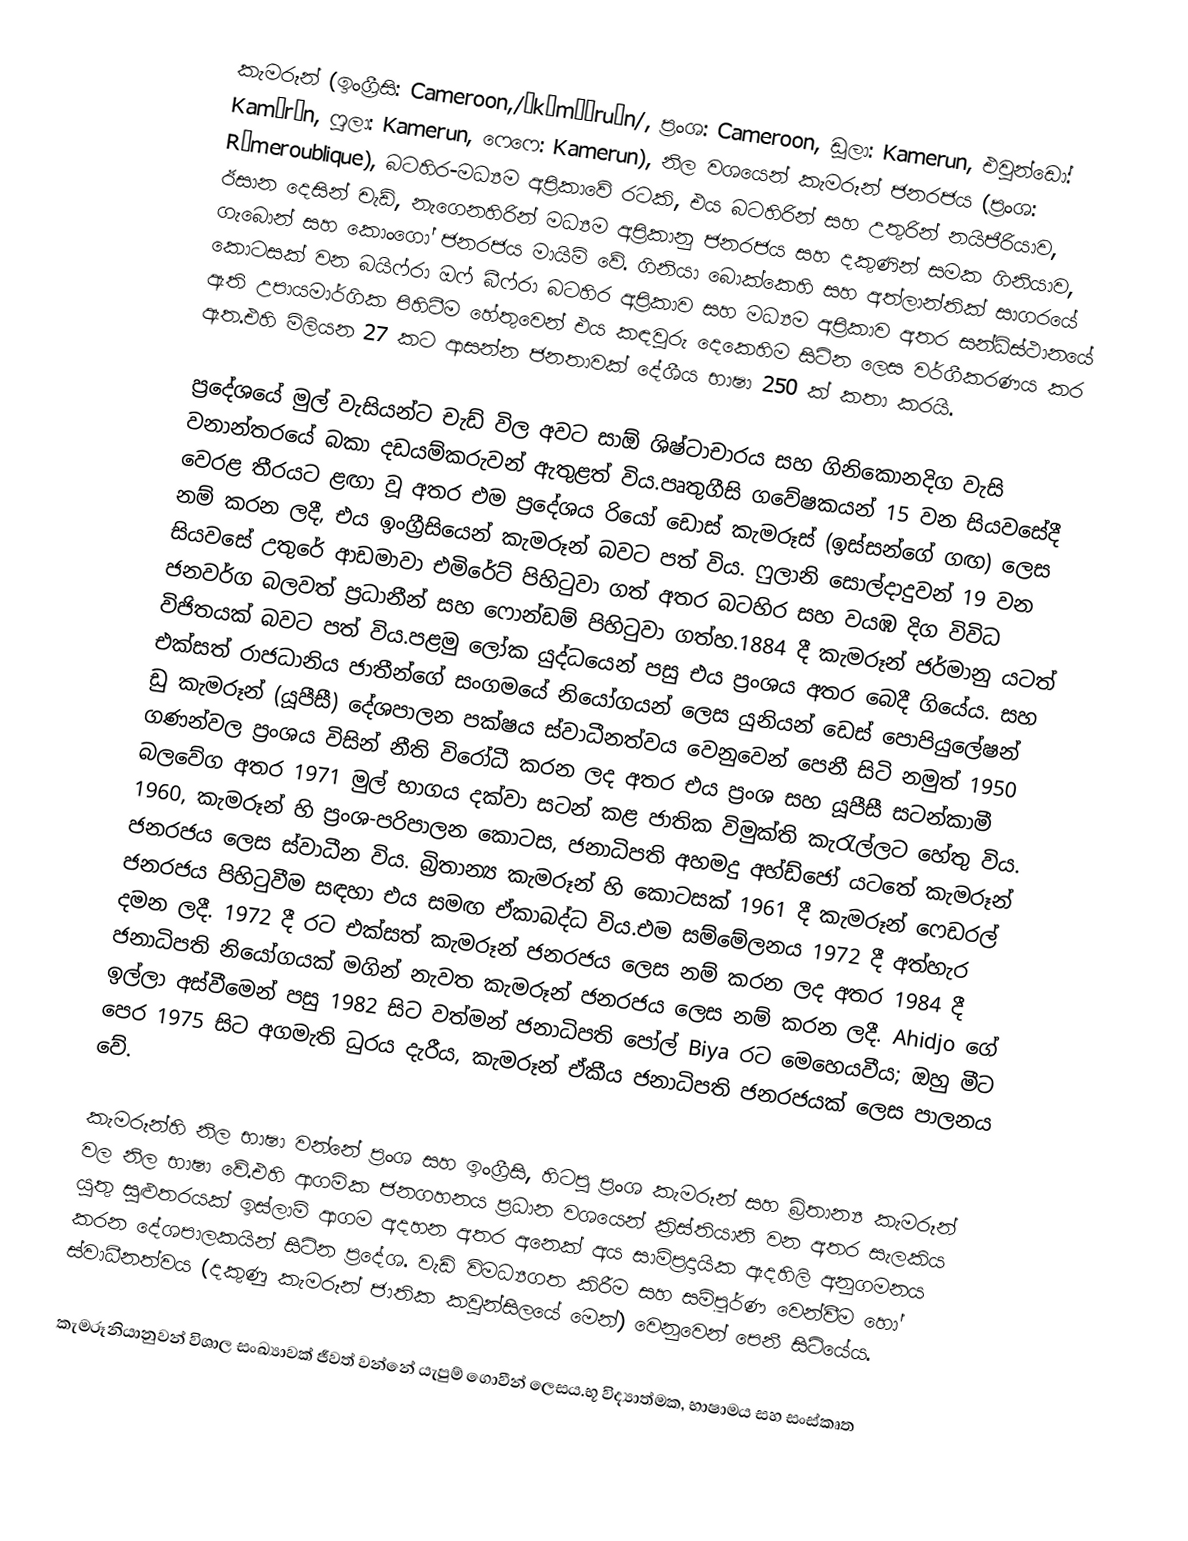
කැමරූන් (ඉංග්‍රීසි: Cameroon,/ˌkæməˈruːn/, ප්‍රංශ: Cameroon, ඩූලා: Kamerun, එවුන්ඩෝ: Kamərún, ෆුලා: Kamerun, ෆෙෆෙ: Kamerun), නිල වශයෙන් කැමරූන් ජනරජය (ප්‍රංශ: Rémeroublique), බටහිර-මධ්‍යම අප්‍රිකාවේ රටකි, එය බටහිරින් සහ උතුරින් නයිජීරියාව, ඊසාන දෙසින් චැඩ්, නැගෙනහිරින් මධ්‍යම අප්‍රිකානු ජනරජය සහ දකුණින් සමක ගිනියාව, ගැබොන් සහ කොංගෝ ජනරජය මායිම් වේ. ගිනියා බොක්කෙහි සහ අත්ලාන්තික් සාගරයේ කොටසක් වන බයිෆ්රා ඔෆ් බීෆ්රා බටහිර අප්‍රිකාව සහ මධ්‍යම අප්‍රිකාව අතර සන්ධිස්ථානයේ ඇති උපායමාර්ගික පිහිටීම හේතුවෙන් එය කඳවුරු දෙකෙහිම සිටින ලෙස වර්ගීකරණය කර ඇත.එහි මිලියන 27 කට ආසන්න ජනතාවක් දේශීය භාෂා 250 ක් කතා කරයි.

ප්‍රදේශයේ මුල් වැසියන්ට චැඩ් විල අවට සාඕ ශිෂ්ටාචාරය සහ ගිනිකොනදිග වැසි වනාන්තරයේ බකා දඩයම්කරුවන් ඇතුළත් විය.පෘතුගීසි ගවේෂකයන් 15 වන සියවසේදී වෙරළ තීරයට ළඟා වූ අතර එම ප්‍රදේශය රියෝ ඩොස් කැමරූස් (ඉස්සන්ගේ ගඟ) ලෙස නම් කරන ලදී, එය ඉංග්‍රීසියෙන් කැමරූන් බවට පත් විය. ෆුලානි සොල්දාදුවන් 19 වන සියවසේ උතුරේ ආඩමාවා එමිරේට් පිහිටුවා ගත් අතර බටහිර සහ වයඹ දිග විවිධ ජනවර්ග බලවත් ප්‍රධානීන් සහ ෆොන්ඩම් පිහිටුවා ගත්හ.1884 දී කැමරූන් ජර්මානු යටත් විජිතයක් බවට පත් විය.පළමු ලෝක යුද්ධයෙන් පසු එය ප්‍රංශය අතර බෙදී ගියේය. සහ එක්සත් රාජධානිය ජාතීන්ගේ සංගමයේ නියෝගයන් ලෙස යුනියන් ඩෙස් පොපියුලේෂන් ඩු කැමරූන් (යූපීසී) දේශපාලන පක්ෂය ස්වාධීනත්වය වෙනුවෙන් පෙනී සිටි නමුත් 1950 ගණන්වල ප්‍රංශය විසින් නීති විරෝධී කරන ලද අතර එය ප්‍රංශ සහ යූපීසී සටන්කාමී බලවේග අතර 1971 මුල් භාගය දක්වා සටන් කළ ජාතික විමුක්ති කැරැල්ලට හේතු විය. 1960, කැමරූන් හි ප්‍රංශ-පරිපාලන කොටස, ජනාධිපති අහමදු අහ්ඩ්ජෝ යටතේ කැමරූන් ජනරජය ලෙස ස්වාධීන විය. බ්‍රිතාන්‍ය කැමරූන් හි කොටසක් 1961 දී කැමරූන් ෆෙඩරල් ජනරජය පිහිටුවීම සඳහා එය සමඟ ඒකාබද්ධ විය.එම සම්මේලනය 1972 දී අත්හැර දමන ලදී. 1972 දී රට එක්සත් කැමරූන් ජනරජය ලෙස නම් කරන ලද අතර 1984 දී ජනාධිපති නියෝගයක් මගින් නැවත කැමරූන් ජනරජය ලෙස නම් කරන ලදී. Ahidjo ගේ ඉල්ලා අස්වීමෙන් පසු 1982 සිට වත්මන් ජනාධිපති පෝල් Biya රට මෙහෙයවීය; ඔහු මීට පෙර 1975 සිට අගමැති ධුරය දැරීය, කැමරූන් ඒකීය ජනාධිපති ජනරජයක් ලෙස පාලනය වේ.

කැමරූන්හි නිල භාෂා වන්නේ ප්‍රංශ සහ ඉංග්‍රීසි, හිටපු ප්‍රංශ කැමරූන් සහ බ්‍රිතාන්‍ය කැමරූන් වල නිල භාෂා වේ.එහි ආගමික ජනගහනය ප්‍රධාන වශයෙන් ක්‍රිස්තියානි වන අතර සැලකිය යුතු සුළුතරයක් ඉස්ලාම් ආගම අදහන අතර අනෙක් අය සාම්ප්‍රදායික ඇදහිලි අනුගමනය කරන දේශපාලකයින් සිටින ප්‍රදේශ. වැඩි විමධ්‍යගත කිරීම සහ සම්පූර්ණ වෙන්වීම හෝ ස්වාධීනත්වය (දකුණු කැමරූන් ජාතික කවුන්සිලයේ මෙන්) වෙනුවෙන් පෙනී සිටියේය.

කැමරූනියානුවන් විශාල සංඛ්‍යාවක් ජීවත් වන්නේ යැපුම් ගොවීන් ලෙසය.භූ විද්‍යාත්මක, භාෂාමය සහ සංස්කෘත